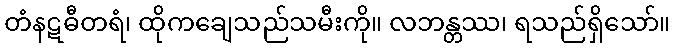
တံနဋဓီတရံ၊ ထိုကချေသည်သမီးကို။ လဘန္တဿ၊ ရသည်ရှိသော်။